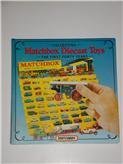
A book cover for Collecting Matchbox Diecast Toys: The First Forty Years; Stewart Orr; Crafts, Hobbies & Home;